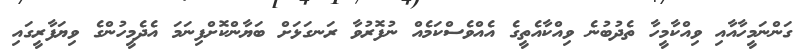
ގަންނަމީހާއާއި ވިއްކާމީހާ ތެދުބުނެ ވިއްކާއެތީގެ އެއްވެސްކަމެއް ނުފޮރުވާ ރަނގަޅަށް ބަޔާންކޮށްފިނަމަ އެދެމީހުންގެ ވިޔަފާރީގައި